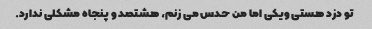
تو دزد هستی ویکی اما من حدس می زنم، هشتصد و پنجاه مشکلی ندارد.